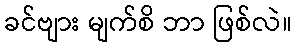
ခင်ဗျား မျက်စိ ဘာ ဖြစ်လဲ။